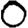
Digit: 0